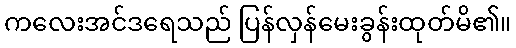
ကလေးအင်ဒရေသည် ပြန်လှန်မေးခွန်းထုတ်မိ၏။